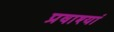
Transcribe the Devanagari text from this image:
प्रवाश्यां